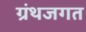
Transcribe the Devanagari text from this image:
ग्रंथजगत